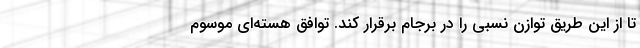
تا از این طریق توازن نسبی را در برجام برقرار کند. توافق هسته‌ای موسوم